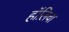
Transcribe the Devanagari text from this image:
हॉलिचा